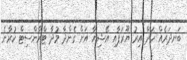
ބަނދަރެއް ހަދާ އިރު ޔޫރަޕާއި އޭޝިޔާ އަށް ގެންދާ މުދާ ޓްރާންސިޓް ކުރާނެ